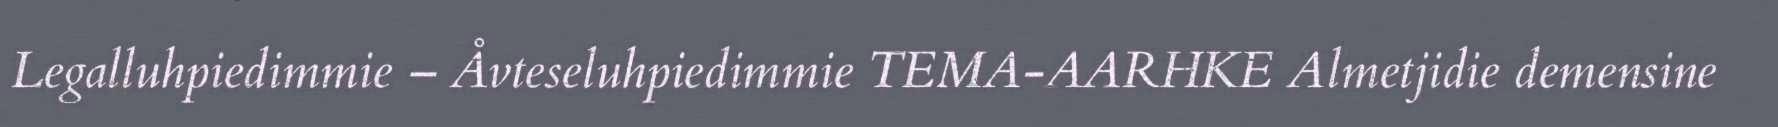
Legalluhpiedimmie – Åvteseluhpiedimmie TEMA-AARHKE Almetjidie demensine